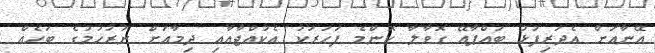
އޭނާއަށް އެދަރިފުޅު ބައްޕާއޭ ގޮވާލާ ކޮންމެ ފަހަރަކު އެކުއްޖާއާއި ދިމާއަށް ނުރުހުމުގެ ބަހެއް